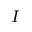
I